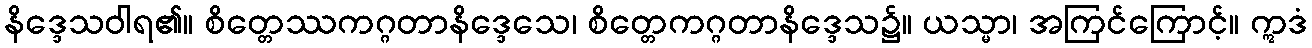
နိဒ္ဒေသဝါရ၏။ စိတ္တေဿကဂ္ဂတာနိဒ္ဒေသေ၊ စိတ္တေကဂ္ဂတာနိဒ္ဒေသ၌။ ယသ္မာ၊ အကြင်ကြောင့်။ ဣဒံ